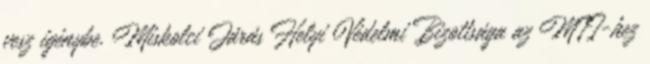
vesz igénybe. Miskolci Járás Helyi Védelmi Bizottsága az MTI-hez